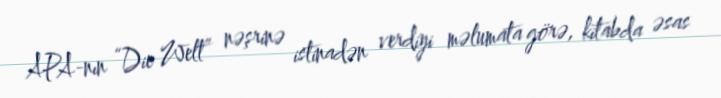
APA-nın “Die Welt” nəşrinə istinadən verdiyi məlumata görə, kitabda əsas